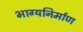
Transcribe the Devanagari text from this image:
भाग्यनिर्माण